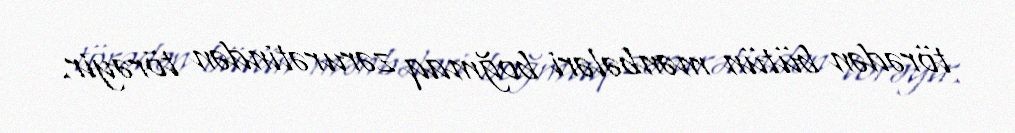
törədən bütün mənbələri boğmaq zərurətindən törəyir.